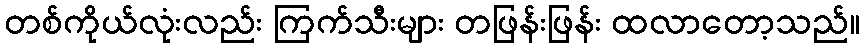
တစ်ကိုယ်လုံးလည်း ကြက်သီးများ တဖြန်းဖြန်း ထလာတော့သည်။